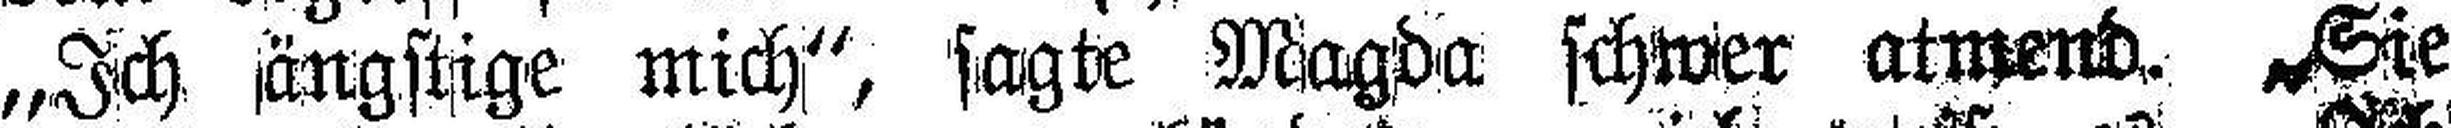
„Ich ängstige mich“, sagte Magda schwer atmend. „Sie